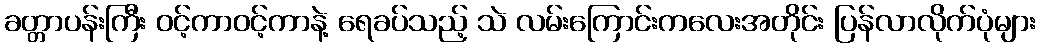
ခတ္တာပန်းကြီး ဝင့်ကာဝင့်ကာနဲ့ ရေခပ်သည့် သဲ လမ်းကြောင်းကလေးအတိုင်း ပြန်လာလိုက်ပုံများ